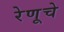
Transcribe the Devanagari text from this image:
रेणूचे